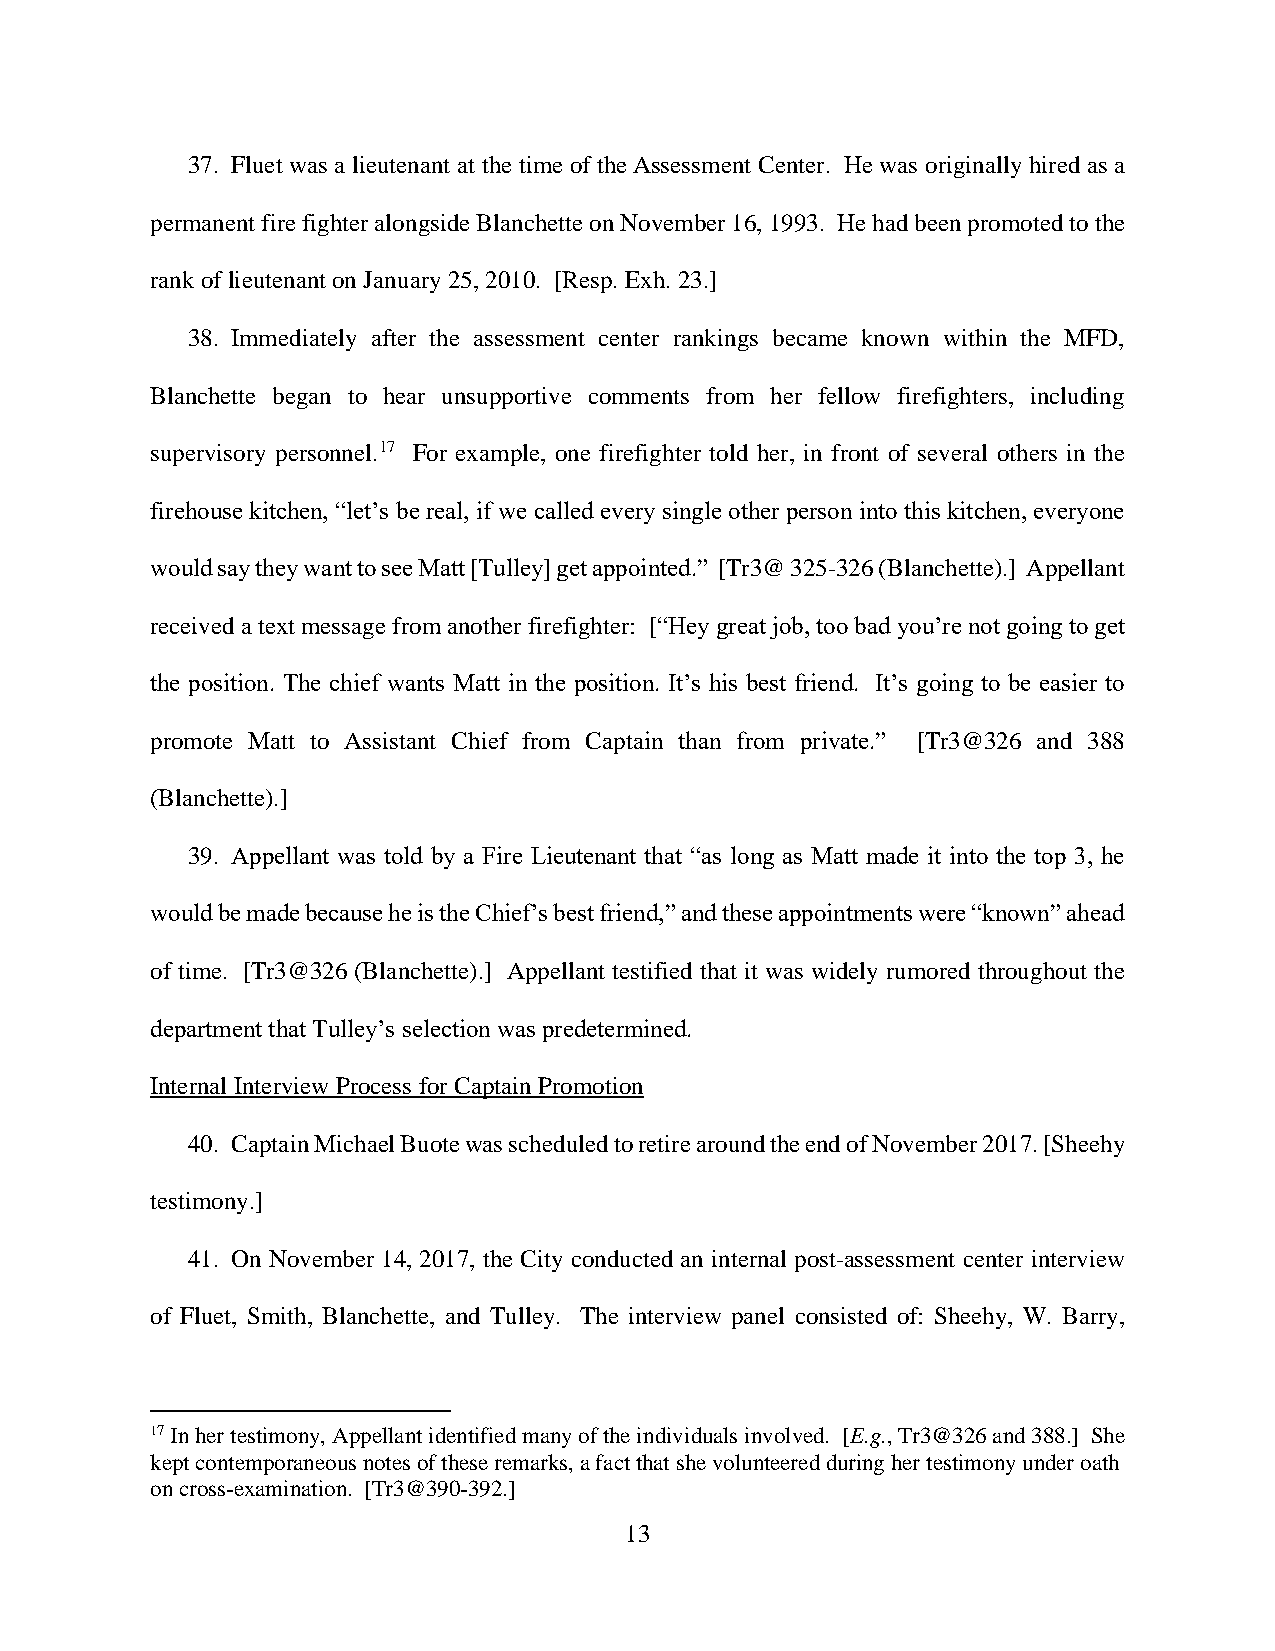
37. Fluet was a lieutenant at the time of the Assessment Center. He was originally hired as a
 permanent fire fighter alongside Blanchette on November 16, 1993. He had been promoted to the
 rank of lieutenant on January 25, 2010. [Resp. Exh. 23.]
 38. Immediately after the assessment center rankings became known within the MFD,
 Blanchette began to hear unsupportive comments from her fellow firefighters, including
 supervisory personnel.17 For example, one firefighter told her, in front of several others in the
 firehouse kitchen, “let’s be real, if we called every single other person into this kitchen, everyone
 would say they want to see Matt [Tulley] get appointed.” [Tr3@ 325-326 (Blanchette).] Appellant
 received a text message from another firefighter: [“Hey great job, too bad you’re not going to get
 the position. The chief wants Matt in the position. It’s his best friend. It’s going to be easier to
 promote Matt to Assistant Chief from Captain than from private.” [Tr3@326 and 388
 (Blanchette).]
 39. Appellant was told by a Fire Lieutenant that “as long as Matt made it into the top 3, he
 would be made because he is the Chief’s best friend,” and these appointments were “known” ahead
 of time. [Tr3@326 (Blanchette).] Appellant testified that it was widely rumored throughout the
 department that Tulley’s selection was predetermined.
 Internal Interview Process for Captain Promotion
 40. Captain Michael Buote was scheduled to retire around the end of November 2017. [Sheehy
 testimony.]
 41. On November 14, 2017, the City conducted an internal post-assessment center interview
 of Fluet, Smith, Blanchette, and Tulley. The interview panel consisted of: Sheehy, W. Barry,
 17 In her testimony, Appellant identified many of the individuals involved. [E.g., Tr3@326 and 388.] She
 kept contemporaneous notes of these remarks, a fact that she volunteered during her testimony under oath
 on cross-examination. [Tr3@390-392.]
 13